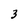
Character: 3